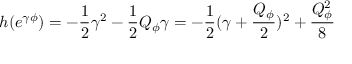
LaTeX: h ( e ^ { \gamma \phi } ) = - { \frac { 1 } { 2 } } \gamma ^ { 2 } - { \frac { 1 } { 2 } } Q _ { \phi } \gamma = - { \frac { 1 } { 2 } } ( \gamma + { \frac { Q _ { \phi } } { 2 } } ) ^ { 2 } + { \frac { Q _ { \phi } ^ { 2 } } { 8 } }